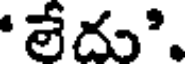
'లేదు'.